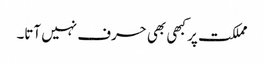
مملکت پر کبھی بھی حرف نہیں آتا۔